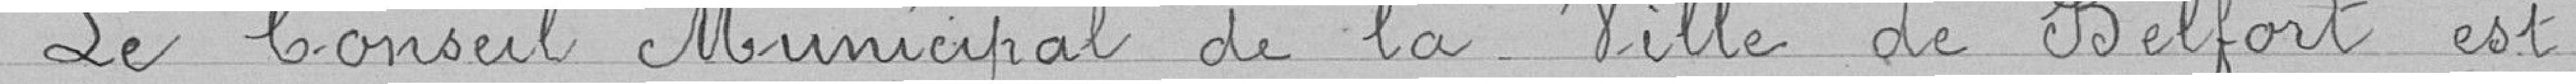
Le Conseil Municipal de la Ville de Belfort est